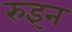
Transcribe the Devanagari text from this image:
रुइन